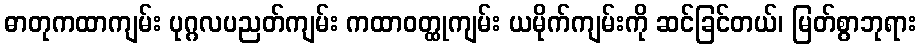
ဓာတုကထာကျမ်း ပုဂ္ဂလပညတ်ကျမ်း ကထာဝတ္ထုကျမ်း ယမိုက်ကျမ်းကို ဆင်ခြင်တယ်၊ မြတ်စွာဘုရား